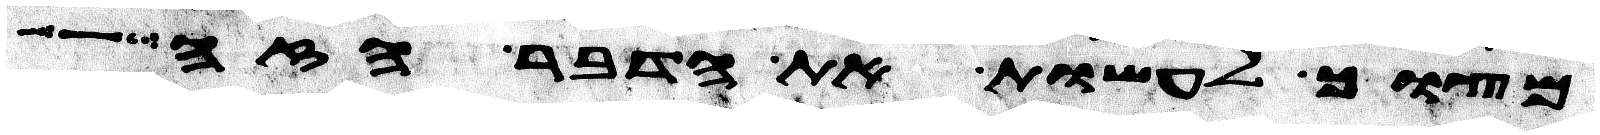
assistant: מצוך לעשות את הדבר הזה